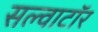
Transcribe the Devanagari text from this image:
सल्वाटॉर